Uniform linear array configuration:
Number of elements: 64
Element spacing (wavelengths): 0.75
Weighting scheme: hann
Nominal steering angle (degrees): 45
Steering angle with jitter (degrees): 43.623
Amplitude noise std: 0.05
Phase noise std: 0.05

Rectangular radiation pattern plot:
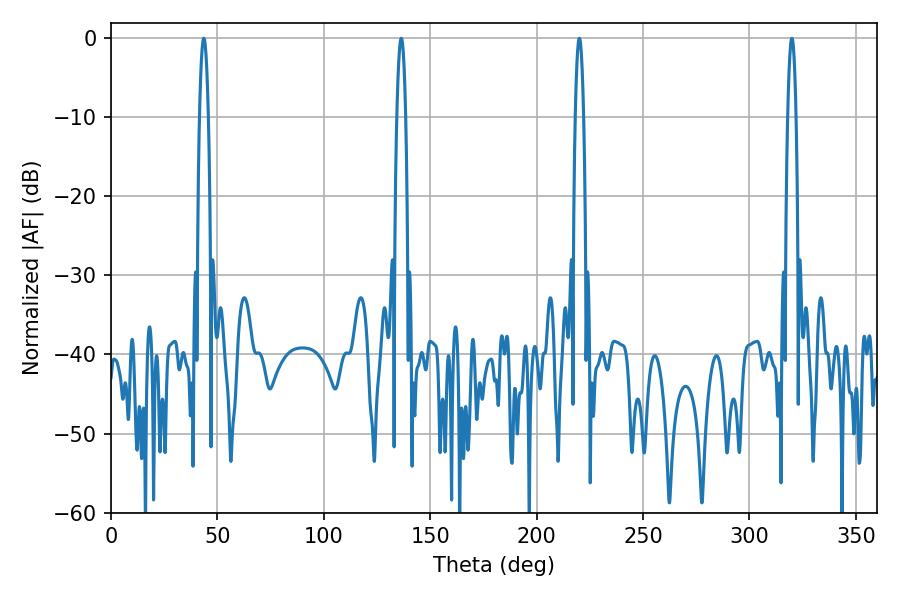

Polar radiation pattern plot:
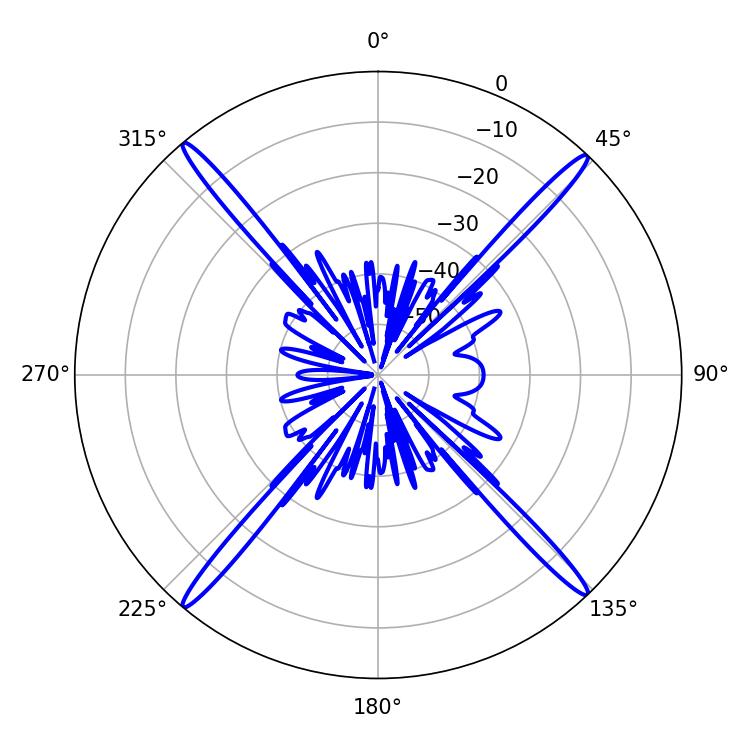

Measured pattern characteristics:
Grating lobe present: TRUE
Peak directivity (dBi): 24.457
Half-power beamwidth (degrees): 2.34
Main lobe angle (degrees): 43.56